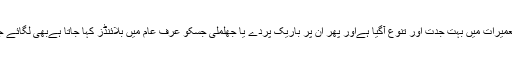
کیونکہ اب تعمیرات میں بہت جدت اور تنوع آگیا ہےاور پھر ان پر باریک پردے یا جھلملی جسکو عرف عام میں بلائنڈز کہا جاتا ہےبھی لگائے جاسکتے ہیں۔